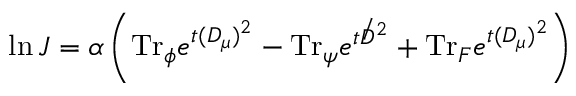
\ln J = \alpha \left( \mathrm { T r } _ { \phi } e ^ { t ( D _ { \mu } ) ^ { 2 } } - \mathrm { T r } _ { \psi } e ^ { t { \not D } ^ { 2 } } + \mathrm { T r } _ { F } e ^ { t ( D _ { \mu } ) ^ { 2 } } \right)